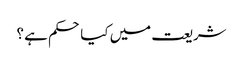
شریعت میں کیا حکم ہے ؟